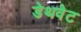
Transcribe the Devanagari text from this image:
डेथवेट